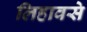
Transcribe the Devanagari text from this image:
लिहावसे